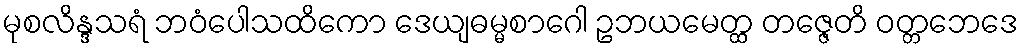
မုစလိန္ဒသရံ ဘဝံပေါသထိကော ဒေယျဓမ္မစာဂေါ ဥဘယမေတ္ထ တဇ္ဇေတိ ဝတ္တဘေဒေ